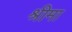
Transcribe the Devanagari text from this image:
श्रीमा